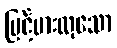
မြင့်မားလှသော